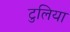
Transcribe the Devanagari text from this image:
टुलिया